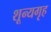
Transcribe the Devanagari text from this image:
शून्यगृह